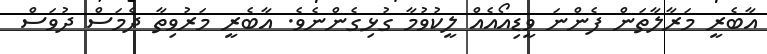
އާބެރީ މަރާލާތަން ފެންނަ ވީޑިއޯއެއް ލީކުވުމާ ގުޅިގެންނެވެ. އާބެރީ މަރުވިތާ ދެމަސް ދުވަސް